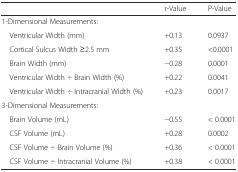
|  | r-Value | P-Value |
 | --- | --- | --- |
 | 1-Dimensional Measurements: |  |  |
 | Ventricular Width (mm) | +0.13 | 0.0937 |
 | Cortical Sulcus Width ≥2.5 mm | +0.35 | <0.0001 |
 | Brain Width (mm) | −0.28 | 0.0001 |
 | Ventricular Width ÷ Brain Width (%) | +0.22 | 0.0041 |
 | Ventricular Width ÷ Intracranial Width (%) | +0.23 | 0.0017 |
 | 3-Dimensional Measurements: |  |  |
 | Brain Volume (mL) | −0.55 | < 0.0001 |
 | CSF Volume (mL) | +0.28 | 0.0002 |
 | CSF Volume ÷ Brain Volume (%) | +0.36 | < 0.0001 |
 | CSF Volume ÷ Intracranial Volume (%) | +0.38 | < 0.0001 |